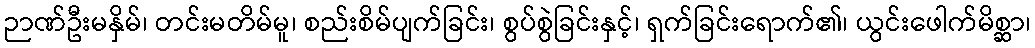
ဉာဏ်ဦးမနှိမ်၊ တင်းမတိမ်မူ၊ စည်းစိမ်ပျက်ခြင်း၊ စွပ်စွဲခြင်းနှင့်၊ ရှက်ခြင်းရောက်၏၊ ယွင်းဖေါက်မိစ္ဆာ၊